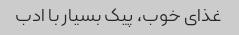
غذای خوب، پیک بسیار با ادب